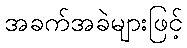
အခက်အခဲများဖြင့်